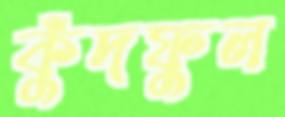
কুঁদফুল